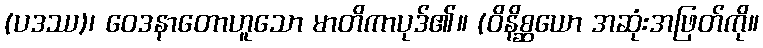
(ပဒဿ)၊ ဝေဒနာတောဟူသော မာတိကာပုဒ်၏။ (ဝိနိစ္ဆယော အဆုံးအဖြတ်ကို။